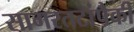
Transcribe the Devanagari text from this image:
सागरतटांपैकी